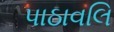
પાઠાવલિ